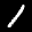
Label: 1